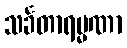
သင်္ခတာရမ္မဏာ